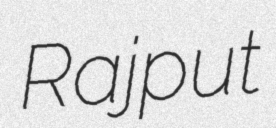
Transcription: Rajput